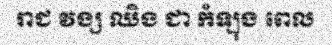
រាជ វង្ស ឈិង ជា កំឡុង ពេល